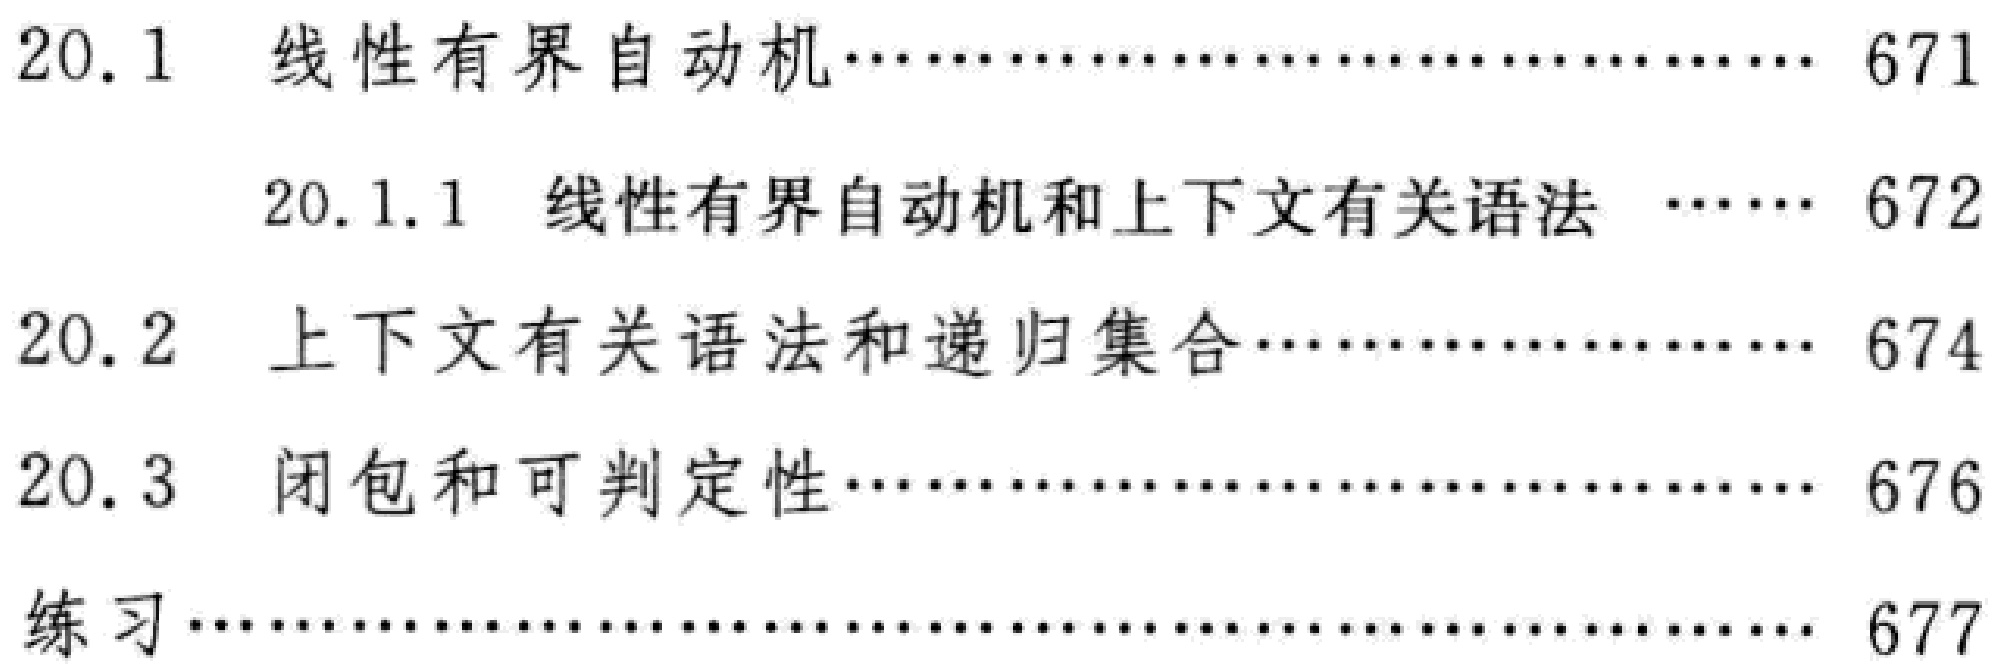
\begin{enumerate}

\item[20.1] 线性有界自动机\hfill 671

\begin{enumerate}

\item[20.1.1] 线性有界自动机和上下文有关语法 \hfill 672

\end{enumerate}

\item[20.2] 上下文有关语法和递归集合\hfill 674

\item[20.3] 闭包和可判定性\hfill 676

\item[练习]\hfill 677

\end{enumerate}